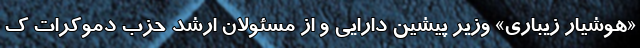
«هوشیار زیباری» وزیر پیشین دارایی و از مسئولان ارشد حزب دموکرات ک